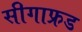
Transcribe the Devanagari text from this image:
सीगाफ्रड